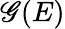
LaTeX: \mathscr{G}(E)